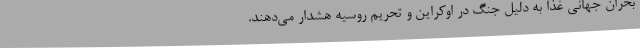
بحران جهانی غذا به دلیل جنگ در اوکراین و تحریم روسیه هشدار می‌دهند.